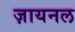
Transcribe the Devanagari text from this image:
ज़ायनल